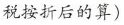
税按折后的算)